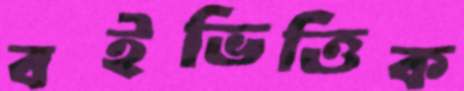
বইভিত্তিক